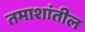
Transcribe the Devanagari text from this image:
तमाशांतील